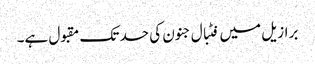
برازیل میں فٹبال جنون کی حد تک مقبول ہے۔